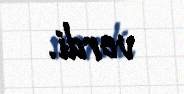
verdi.